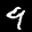
Label: 9